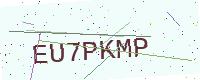
Text: EU7PKMP